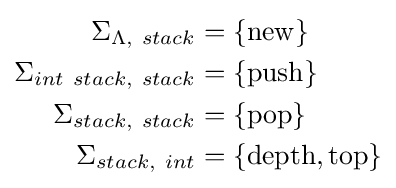
{\begin{aligned}\Sigma _{\Lambda ,~stack}&=\{{\rm {new}}\}\\\Sigma _{int~stack,~stack}&=\{{\rm {push}}\}\\\Sigma _{stack,~stack}&=\{{\rm {pop}}\}\\\Sigma _{stack,~int}&=\{{\rm {depth}},{\rm {top}}\}\\\end{aligned}}